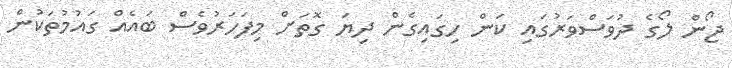
ޖޯން ލޯގެ ދުވަސްވަރުގައި ކަން ހިގައިގެން ދިޔަ ގޮތަށް މިފަހަރުވެސް ބައެއް ގައުމުތަކުން